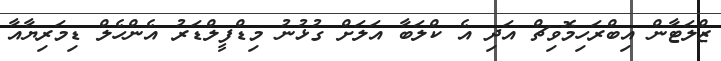
ޒްލަޓާން އިބްރަހިމޮވިޗް އަދި އެ ކްލަބާ އަލަށް ގުޅުނު މިޑްފީލްޑަރު އެންހެލް ޑިމަރިޔާއާ